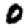
Digit: 0